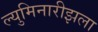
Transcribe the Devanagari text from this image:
ल्युमिनारीझला